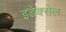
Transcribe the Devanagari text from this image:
इडेक्सेल